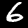
Digit: 6